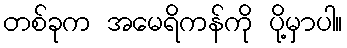
တစ်ခုက အမေရိကန်ကို ပို့မှာပါ။